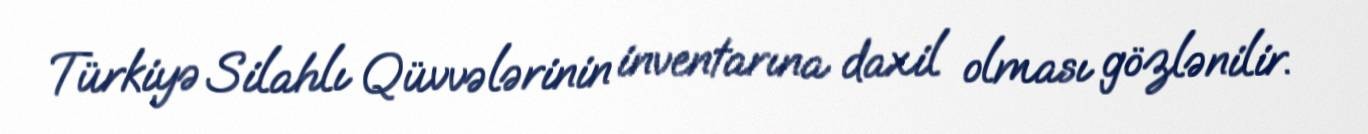
Türkiyə Silahlı Qüvvələrinin inventarına daxil olması gözlənilir.